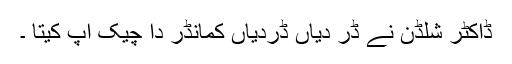
ڈاکٹر شلڈن نے ڈر دیاں ڈردیاں کمانڈر دا چیک اپ کیتا ۔